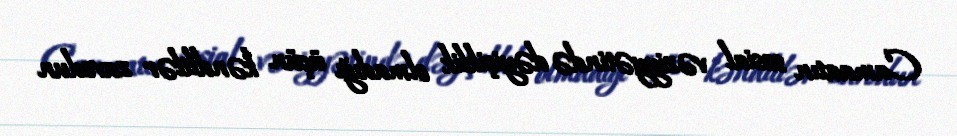
Camaatın sosial vəziyyətində dəyişiklik olmadığı üçün kəndlilər zavodun